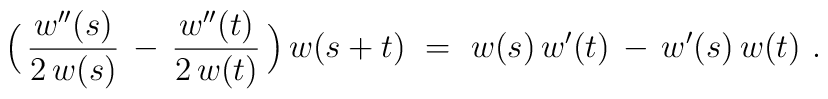
\Bigl( \, {w^{\prime\prime}(s) \over 2 \, w(s)} \, - \,           {w^{\prime\prime}(t) \over 2 \, w(t)} \, \Bigr) \, w(s+t)~ =~w(s) \, w^\prime(t) \, - \, w^\prime(s) \, w(t)~.